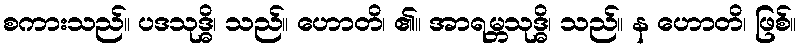
စကားသည်။ ပဒသုဒ္ဓိ၊ သည်။ ဟောတိ၊ ၏။ အာရမ္ဘသုဒ္ဓိ၊ သည်။ န ဟောတိ၊ ဖြစ်။